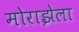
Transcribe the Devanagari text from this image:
मोराझेला